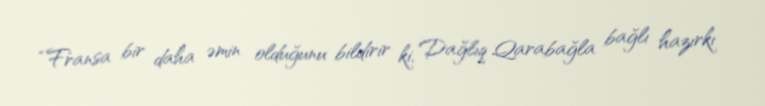
“Fransa bir daha əmin olduğunu bildirir ki, Dağlıq Qarabağla bağlı hazırkı